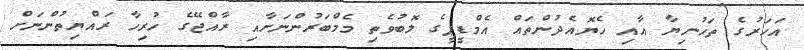
އަހަރުގެ ތަހުނިޔާ އާއި ހެޔޮއެދުންތައް އެމްޑީޕީގެ ލޮބުވެތި މެމްބަރުންނަށާއި ރާއްޖޭގެ ހުރިހާ ރައްޔިތުންނަށް